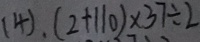
( 4 ) . ( 2 + 1 1 0 ) \times 3 7 \div 2